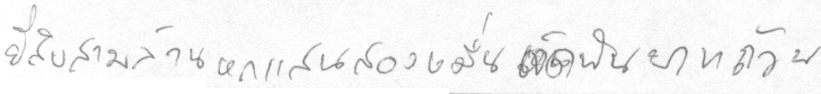
ยี่สิบสามล้านหกแสนสองหมื่นเจ็ดพันบาทถ้วน